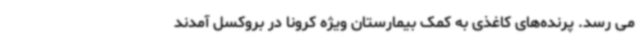
می رسد. پرنده‌های کاغذی به کمک بیمارستان ویژه کرونا در بروکسل آمدند